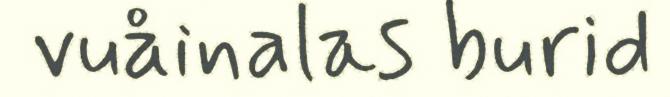
vuåinalas burid